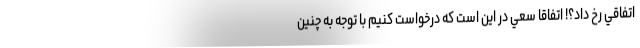
اتفاقي رخ داد؟! اتفاقا سعي در اين است که درخواست کنيم با توجه به چنين